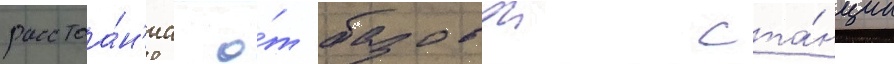
расстоа́н'иа о́т базовои ста́нции